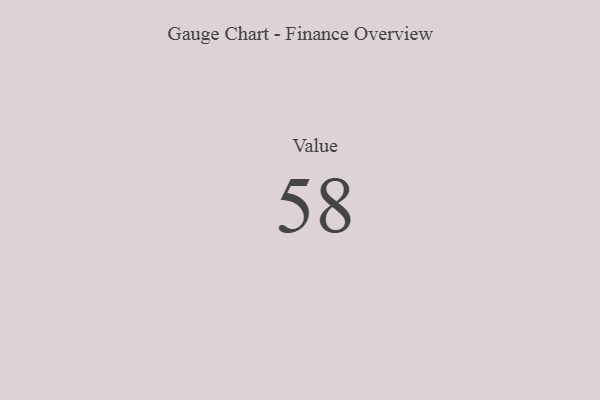
{"axis": {"x": "Metric", "y": "Value"}, "legend": [""], "data": [{"x": "Value", "y": 58, "type": ""}]}